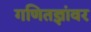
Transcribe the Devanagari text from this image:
गणितज्ञांवर